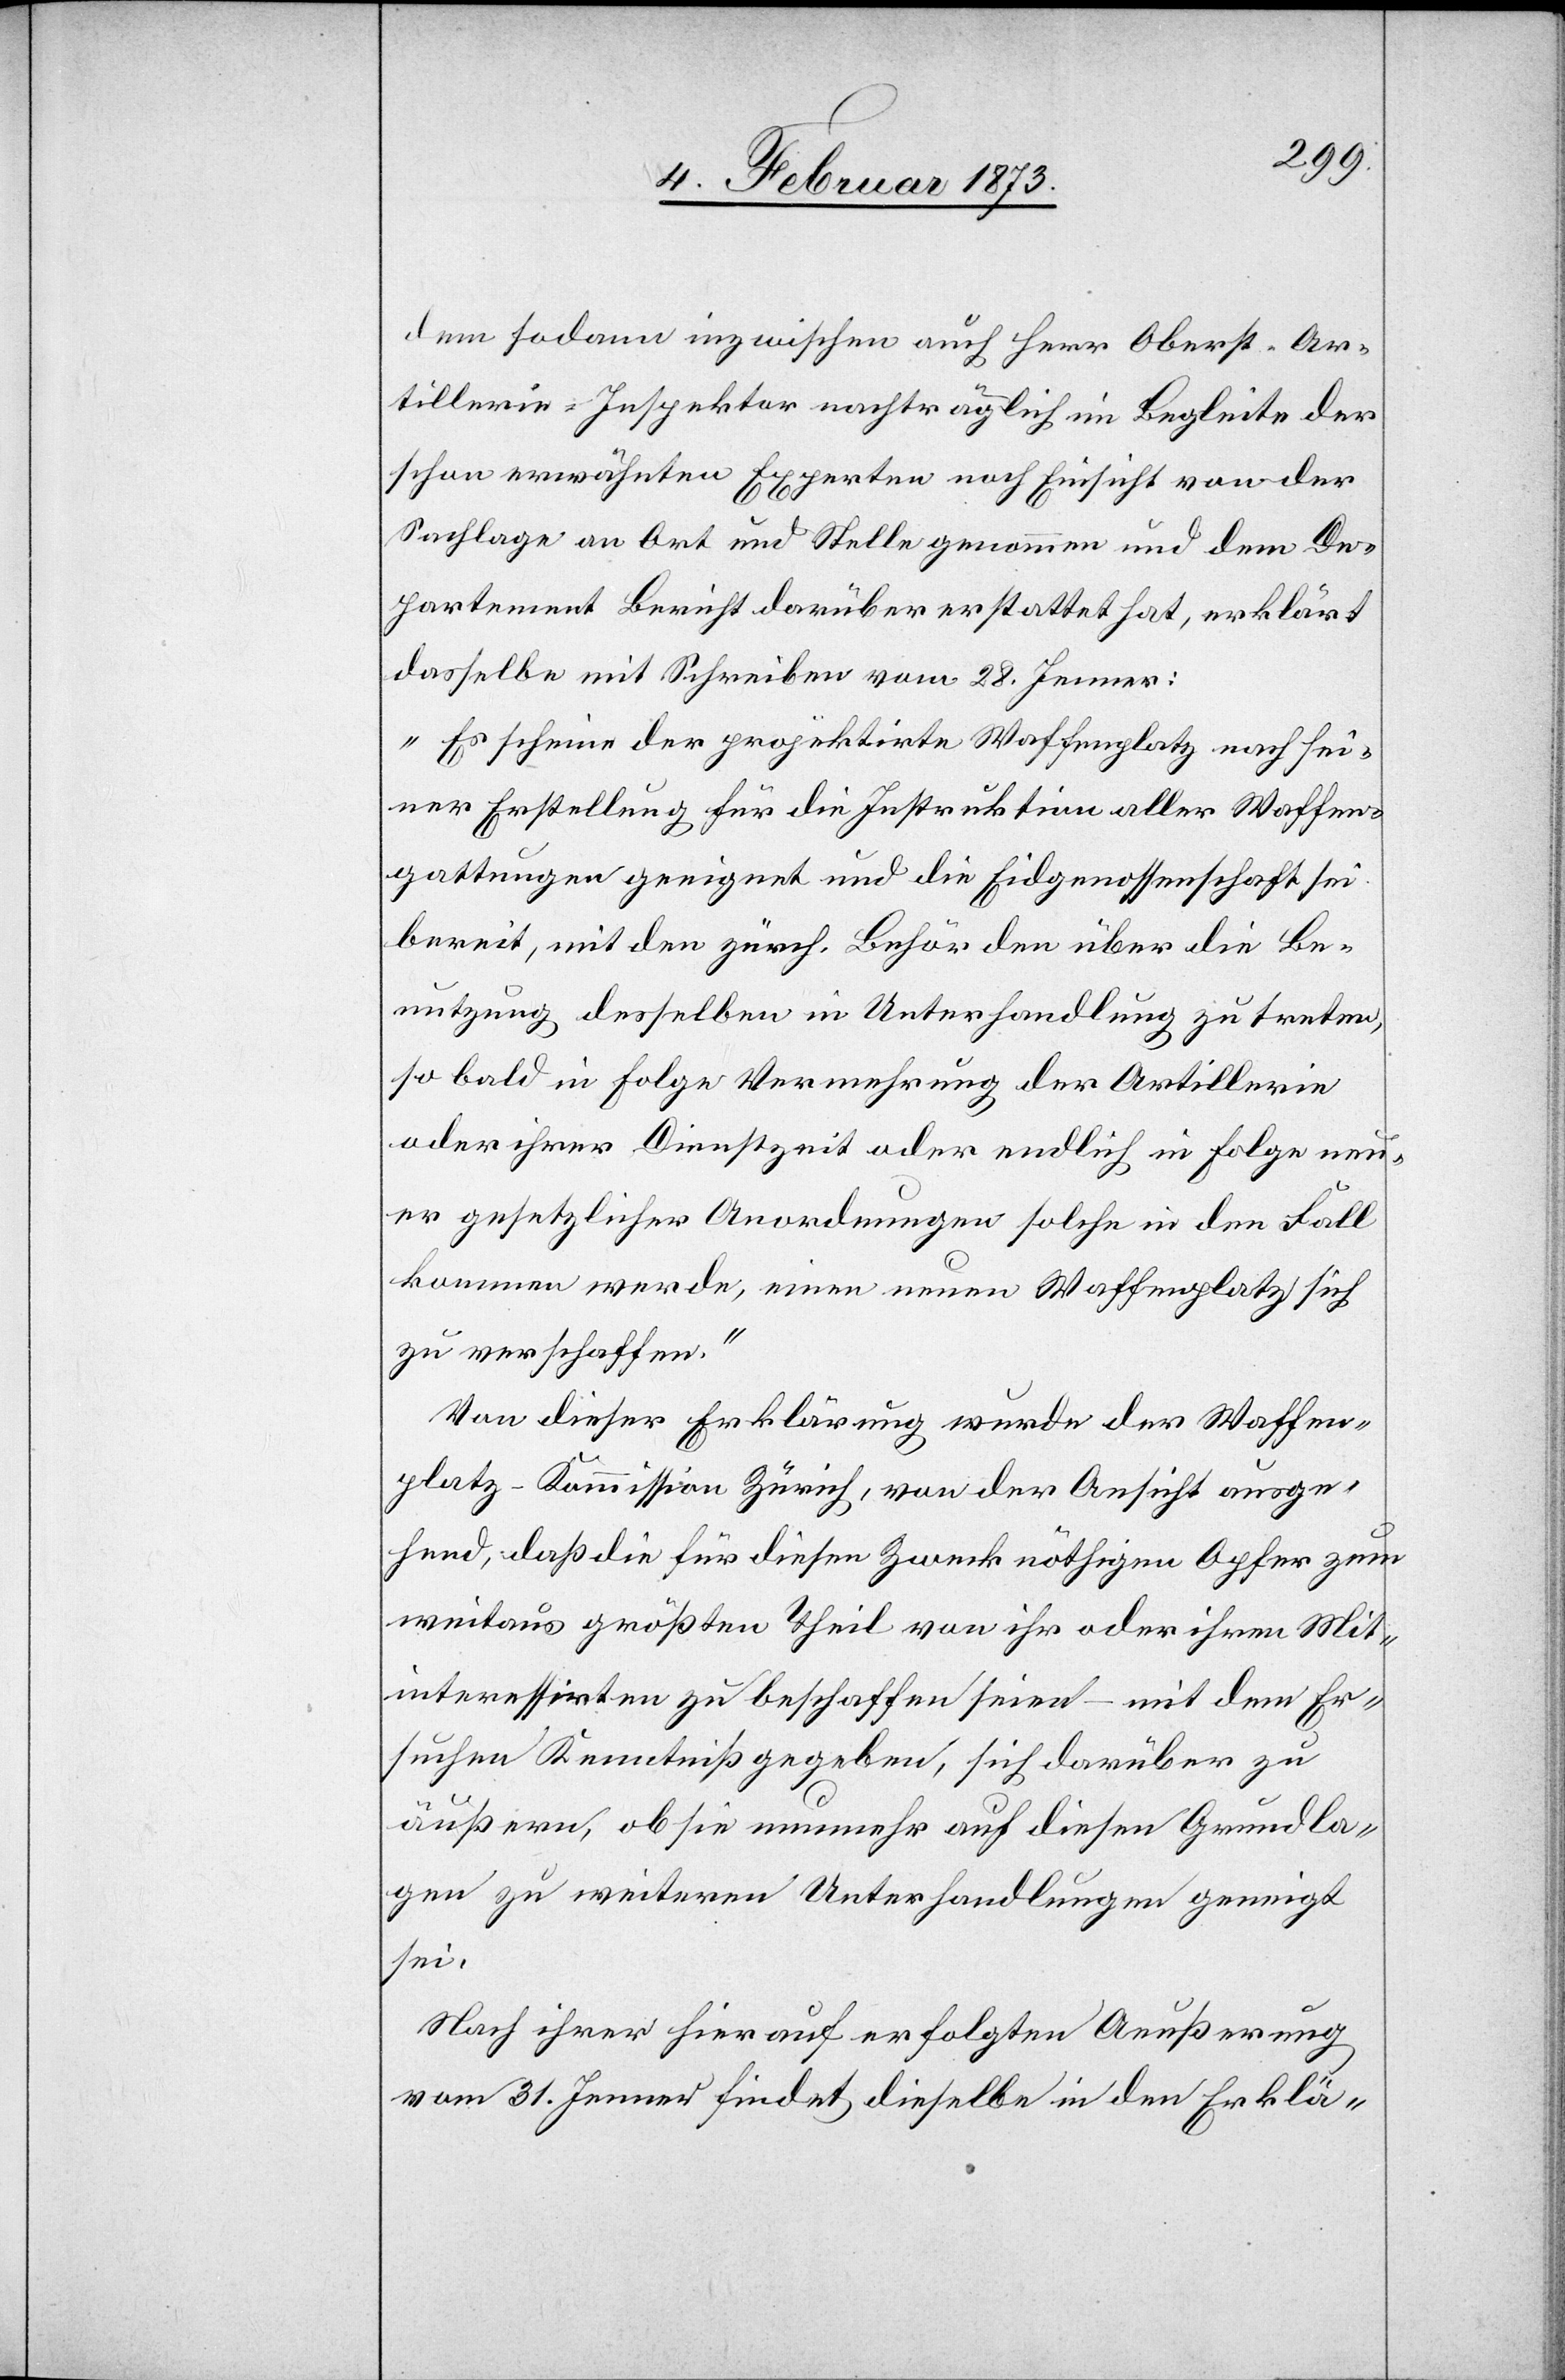
dem sodann inzwischen auch Herr Oberst-Ar¬
tillerie-Inspektor nachträglich im Begleite der
schon erwähnten Experten nach Einsicht von der
Sachlage an Ort und Stelle genommen und dem De¬
partement Bericht darüber erstattet hat, erklärt
dasselbe mit Schreiben vom 28. Jenner:
„Es scheine der projektirte Waffenplatz nach sei¬
ner Erstellung für die Instruktion aller Waffen¬
gattungen geeignet und die Eidgenossenschaft sei
bereit, mit den zürch. Behörden über die Be¬
nutzung desselben in Unterhandlung zu treten,
so bald in Folge Vermehrung der Artillerie
oder ihrer Dienstzeit oder endlich in Folge neu¬
er gesetzlicher Anordnungen solche in den Fall
kommen werde, einen neuen Waffenplatz sich
zu verschaffen.“
Von dieser Erklärung wurde der Waffen¬
platz-Kommission Zürich, von der Ansicht ausge¬
hend, daß die für diesen Zweck nöthigen Opfer zum
weitaus größten Theil von ihr oder ihrem Mit¬
interessirten zu beschaffen seien – mit dem Er¬
suchen Kenntniß gegeben, sich darüber zu
äußern, ob sie nunmehr auf diesen Grundla¬
gen zu weiteren Unterhandlungen geneigt
sei.
Nach ihrer hierauf erfolgten Aeußerung
vom 31. Jenner findet dieselbe in den Erklä-